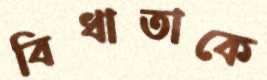
বিধাতাকে